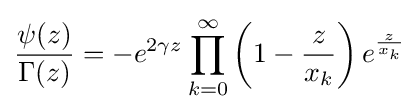
{\frac {\psi (z)}{\Gamma (z)}}=-e^{2\gamma z}\prod _{k=0}^{\infty }\left(1-{\frac {z}{x_{k}}}\right)e^{\frac {z}{x_{k}}}